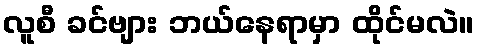
လူစီ ခင်ဗျား ဘယ်နေရာမှာ ထိုင်မလဲ။